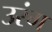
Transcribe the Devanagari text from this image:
उरंग